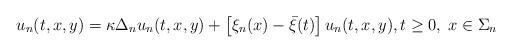
LaTeX: \begin{align*}u_n(t,x,y)=\kappa\Delta_n u_n(t,x,y) + \left[\xi_n(x) -\bar{\xi}(t)\right]u_n(t,x,y) ,t\geq 0,\; x\in\Sigma_n\end{align*}